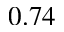
0 . 7 4